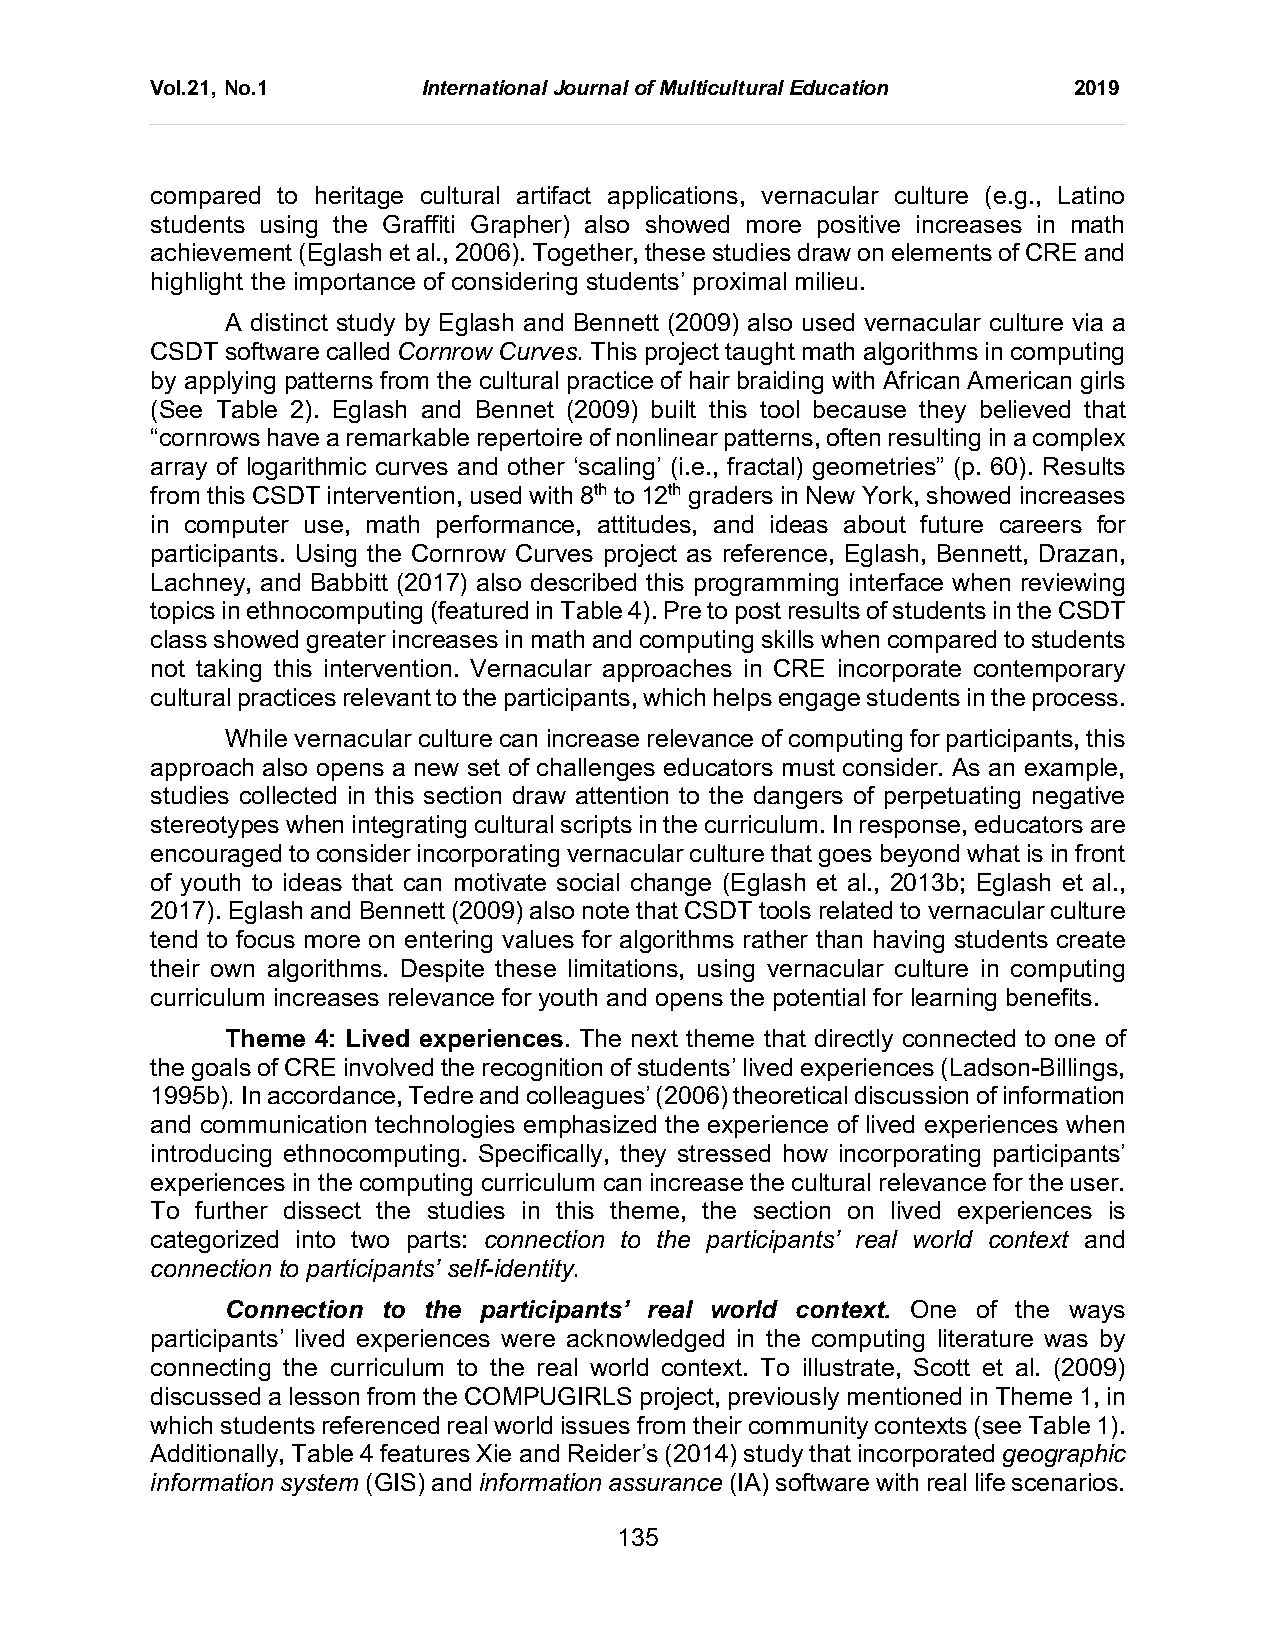
Vol.21, No.1      International Journal of Multicultural Education 2019
 compared to heritage cultural artifact applications, vernacular culture (e.g., Latino
 students using the Graffiti Grapher) also showed more positive increases in math
 achievement (Eglash et al., 2006). Together, these studies draw on elements of CRE and
 highlight the importance of considering students’ proximal milieu.
 A distinct study by Eglash and Bennett (2009) also used vernacular culture via a
 CSDT software called Cornrow Curves. This project taught math algorithms in computing
 by applying patterns from the cultural practice of hair braiding with African American girls
 (See Table 2). Eglash and Bennet (2009) built this tool because they believed that
 “cornrows have a remarkable repertoire of nonlinear patterns, often resulting in a complex
 array of logarithmic curves and other ‘scaling’ (i.e., fractal) geometries” (p. 60). Results
 from this CSDT intervention, used with 8th to 12th graders in New York, showed increases
 in computer use, math performance, attitudes, and ideas about future careers for
 participants. Using the Cornrow Curves project as reference, Eglash, Bennett, Drazan,
 Lachney, and Babbitt (2017) also described this programming interface when reviewing
 topics in ethnocomputing (featured in Table 4). Pre to post results of students in the CSDT
 class showed greater increases in math and computing skills when compared to students
 not taking this intervention. Vernacular approaches in CRE incorporate contemporary
 cultural practices relevant to the participants, which helps engage students in the process.
 While vernacular culture can increase relevance of computing for participants, this
 approach also opens a new set of challenges educators must consider. As an example,
 studies collected in this section draw attention to the dangers of perpetuating negative
 stereotypes when integrating cultural scripts in the curriculum. In response, educators are
 encouraged to consider incorporating vernacular culture that goes beyond what is in front
 of youth to ideas that can motivate social change (Eglash et al., 2013b; Eglash et al.,
 2017). Eglash and Bennett (2009) also note that CSDT tools related to vernacular culture
 tend to focus more on entering values for algorithms rather than having students create
 their own algorithms. Despite these limitations, using vernacular culture in computing
 curriculum increases relevance for youth and opens the potential for learning benefits.
 Theme 4: Lived experiences. The next theme that directly connected to one of
 the goals of CRE involved the recognition of students’ lived experiences (Ladson-Billings,
 1995b). In accordance, Tedre and colleagues’ (2006) theoretical discussion of information
 and communication technologies emphasized the experience of lived experiences when
 introducing ethnocomputing. Specifically, they stressed how incorporating participants’
 experiences in the computing curriculum can increase the cultural relevance for the user.
 To further dissect the studies in this theme, the section on lived experiences is
 categorized into two parts: connection to the participants’ real world context and
 connection to participants’ self-identity.
 Connection to the participants’ real world context. One of the ways
 participants’ lived experiences were acknowledged in the computing literature was by
 connecting the curriculum to the real world context. To illustrate, Scott et al. (2009)
 discussed a lesson from the COMPUGIRLS project, previously mentioned in Theme 1, in
 which students referenced real world issues from their community contexts (see Table 1).
 Additionally, Table 4 features Xie and Reider’s (2014) study that incorporated geographic
 information system (GIS) and information assurance (IA) software with real life scenarios.
 135